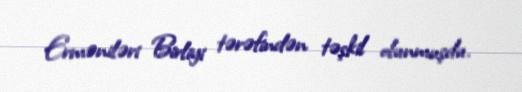
Erməniləri Birliyi tərəfindən təşkil olunmuşdu.